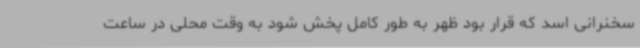
سخنرانی اسد که قرار بود ظهر به طور کامل پخش شود به وقت محلی در ساعت